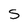
Character: S